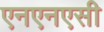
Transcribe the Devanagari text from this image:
एनएनएसी